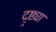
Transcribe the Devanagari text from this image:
द्र्ष्ट्या